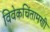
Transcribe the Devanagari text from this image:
विवेकचिंतामणी